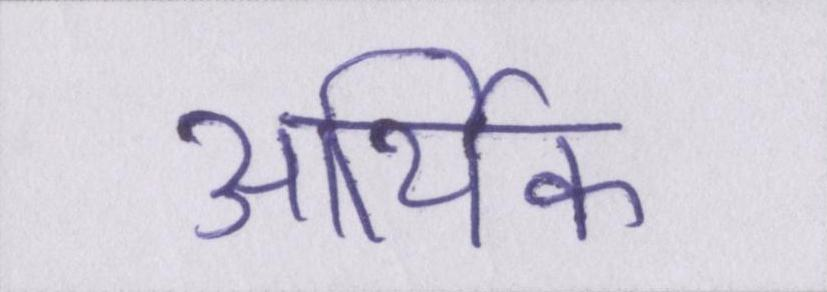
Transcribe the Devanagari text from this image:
आथि॑क